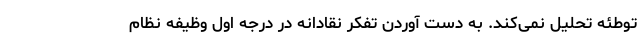
توطئه تحلیل نمی‌کند. به دست آوردن تفکر نقادانه در درجه اول وظیفه نظام